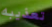
تعذيبه